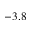
- 3 . 8